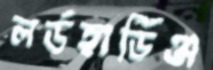
লর্ডহার্ডিঞ্জ